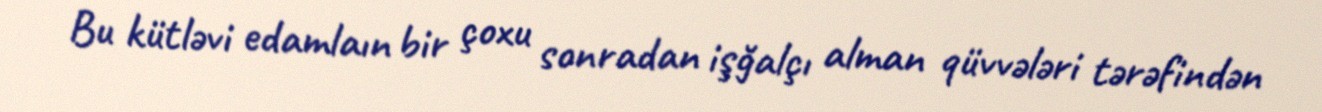
Bu kütləvi edamlaın bir çoxu sonradan işğalçı alman qüvvələri tərəfindən